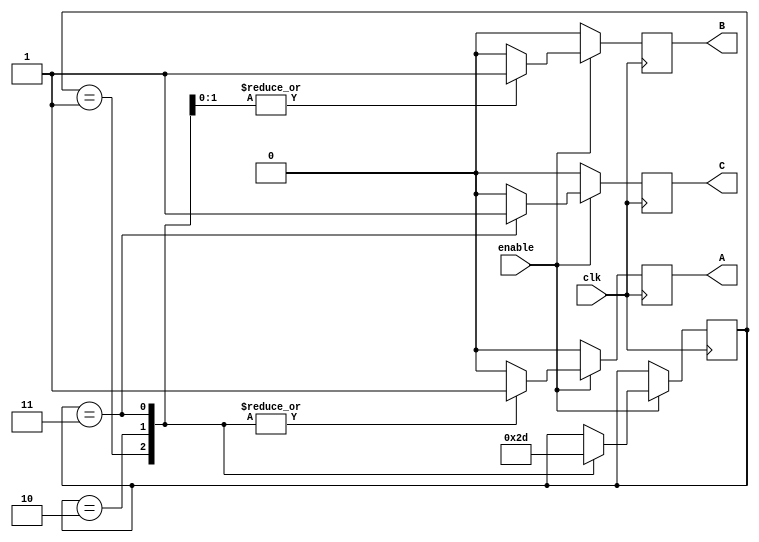
module light(
	input clk, enable,
	output reg A, B, C
	);
	
	reg [1:0] light_state;
	
	
	always @(posedge clk)
	begin
		if (enable) begin
			case (light_state)
				2'b01: begin
					A <= 1'b1;
					B <= 1'b0;
					C <= 1'b0;
					light_state <= 2'b10;
				end
				
				2'b10: begin
					A <= 1'b1;
					B <= 1'b1;
					C <= 1'b0;
					light_state <= 2'b11;
				end
				
				2'b11: begin
					A <= 1'b1;
					B <= 1'b1;
					C <= 1'b1;
					light_state <= 2'b01;
				end
				
				default: begin
					A <= 1'b0;
					B <= 1'b0;
					C <= 1'b0;
				end
			endcase
		end else begin
			A <= 1'b0;
			B <= 1'b0;
			C <= 1'b0;
		end
	end
endmodule